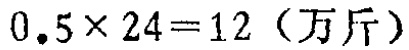
\(0.5\times 24 = 12 \text{（万斤）}\)